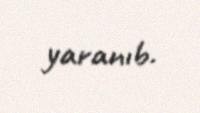
yaranıb.